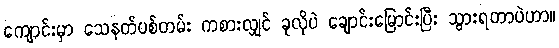
ကျောင်းမှာ သေနတ်ပစ်တမ်း ကစားလျှင် ခုလိုပဲ ချောင်းမြောင်းပြီး သွားရတာပဲဟာ။